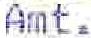
AMT.